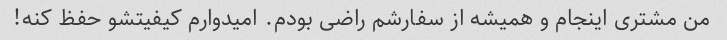
من مشتری اینجام و همیشه از سفارشم راضی بودم. امیدوارم کیفیتشو حفظ کنه!